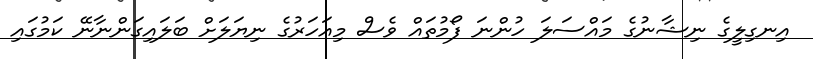
އިނގިލީގެ ނިޝާނުގެ މައްސަލަ ހުންނަ ފޯމުތައް ވެސް މިއަހަރުގެ ނިޔަލަށް ބަލައިގަންނާނޭ ކަމުގައި